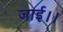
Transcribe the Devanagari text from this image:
जाई।।